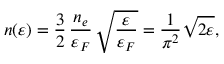
n ( \varepsilon ) = \frac { 3 } { 2 } \, \frac { n _ { e } } { \varepsilon _ { F } } \, \sqrt { \frac { \varepsilon } { \varepsilon _ { F } } } = \frac { 1 } { \pi ^ { 2 } } \sqrt { 2 \varepsilon } ,